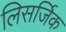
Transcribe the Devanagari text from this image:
लिसर्जिक